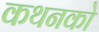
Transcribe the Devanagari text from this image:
कथनको